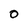
Character: O